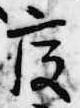
疫